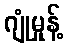
ဂျုံမှုန့်